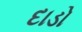
દાડો